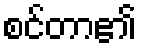
စင်တာ၏